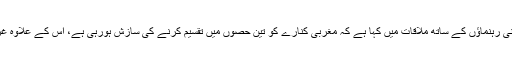
غیرملکی خبرایجنسی کے مطابق حماس کے رہنما اسماعیل ہانیہ نے فلسطینی رہنماؤں کے ساتھ ملاقات میں کہا ہے کہ مغربی کنارے کو تین حصوں میں تقسیم کرنے کی سازش ہورہی ہے، اس کے علاوہ غزہ کی پٹی میں بھی نئی سیاسی طاقت پیدا کرنے کی کوشش کی جارہی ہے۔